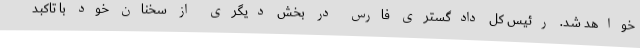
خواهد شد. رئیس کل دادگستری فارس در بخش دیگری از سخنان خود با تاکبد